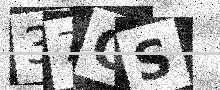
Text: 37CS